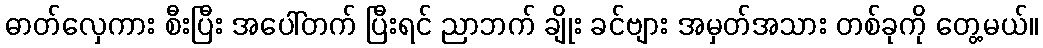
ဓာတ်လှေကား စီးပြီး အပေါ်တက် ပြီးရင် ညာဘက် ချိုး ခင်ဗျား အမှတ်အသား တစ်ခုကို တွေ့မယ်။